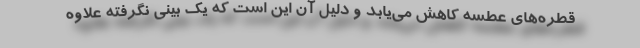
قطره‌های عطسه کاهش می‌یابد و دلیل آن این است که یک بینی نگرفته علاوه